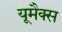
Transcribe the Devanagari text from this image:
यूमैक्स